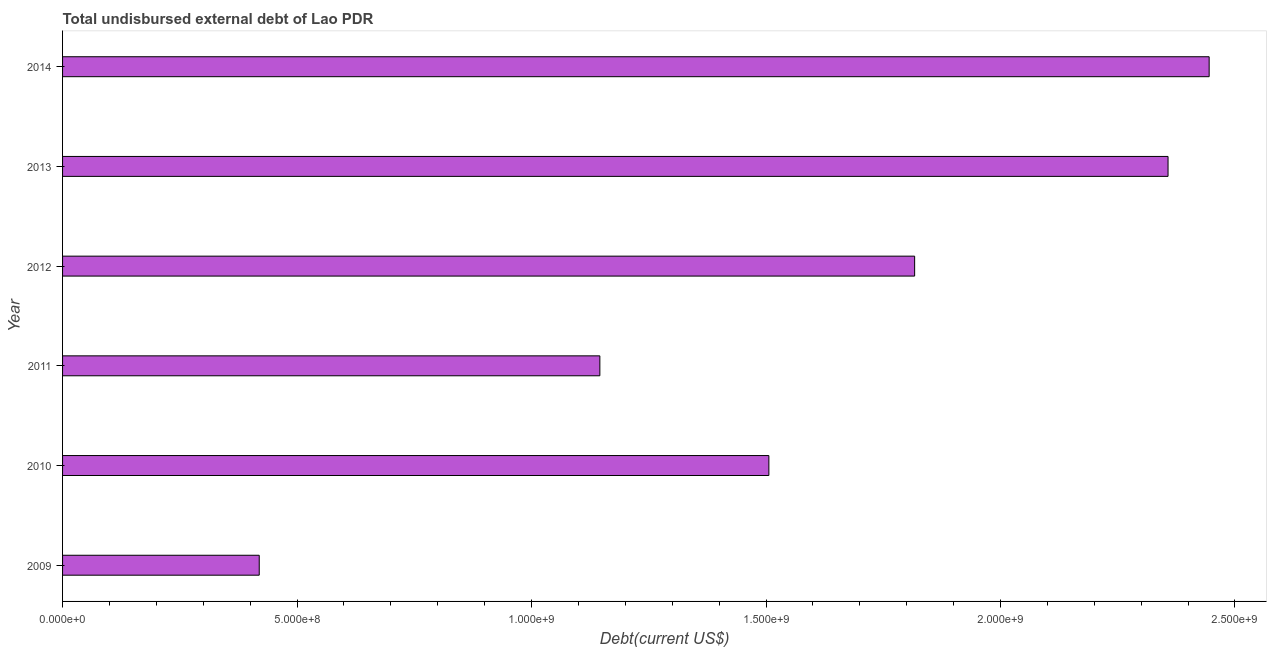
| Year | Total debt |
 | --- | --- |
 | 2009 | 4.19e+08 |
 | 2010 | 1.51e+09 |
 | 2011 | 1.15e+09 |
 | 2012 | 1.82e+09 |
 | 2013 | 2.36e+09 |
 | 2014 | 2.44e+09 |